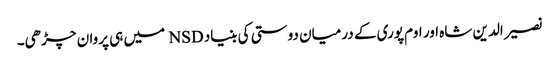
نصیر الدین شاہ اور اوم پوری کے درمیان دوستی کی بنیاد NSD میں ہی پروان چڑھی۔